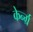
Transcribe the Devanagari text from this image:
केर्न्ग्र